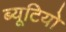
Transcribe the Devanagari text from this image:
ब्यूटियो